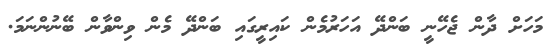
މަހަށް ދާން ޖެހޭނީ ބަންދޭ އަހަރުމެން ކައިރީގައި ބަންދޭ މެން ވިންވާން ބޭނުންނަމަ.